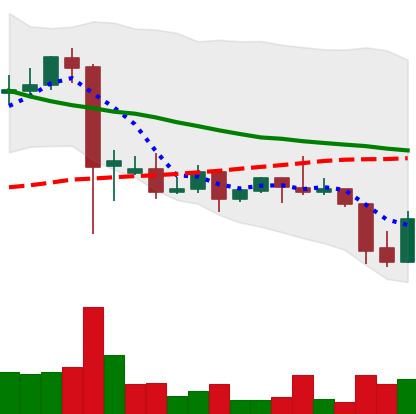
Ticker: DOGE-USD
Chart end date: 2021-09-22
Forward return: -10.939%
Label: down_7plus